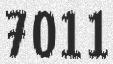
7011